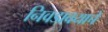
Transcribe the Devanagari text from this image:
निवडावयाचे